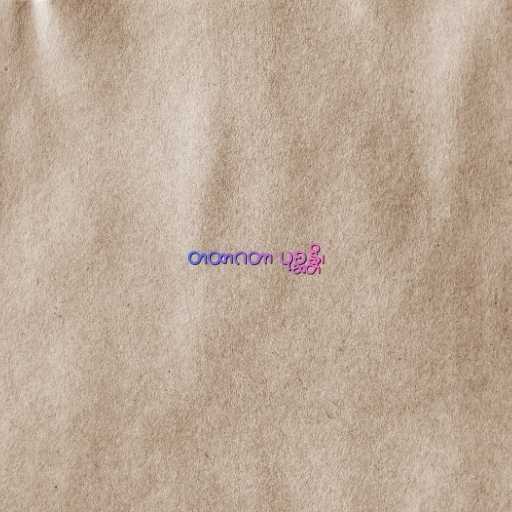
တထာဂတာ ပုစ္ဆန္တိ၊